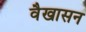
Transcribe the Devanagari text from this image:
वैखासन